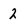
Character: 2